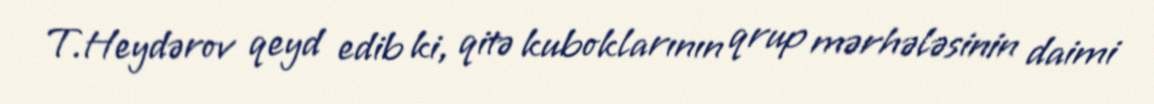
T.Heydərov qeyd edib ki, qitə kuboklarının qrup mərhələsinin daimi